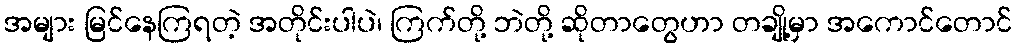
အများ မြင်နေကြရတဲ့ အတိုင်းပါပဲ၊ ကြက်တို့ ဘဲတို့ ဆိုတာတွေဟာ တချို့မှာ အကောင်တောင်